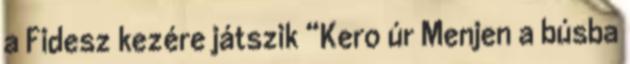
a Fidesz kezére játszik “Kero úr Menjen a búsba